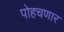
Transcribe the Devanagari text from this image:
पोहचणार